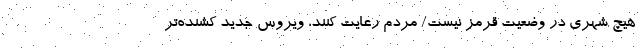
هیچ شهری در وضعیت قرمز نیست/ مردم رعایت کنند، ویروس جدید کشنده‌تر